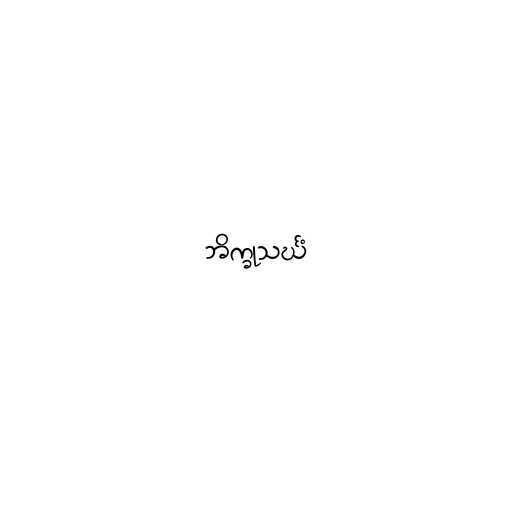
ဘိက္ခုသင်္ဃံ